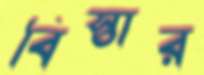
বিস্তার